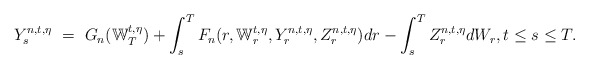
\begin{align*}Y_s^{n,t,\eta} \ = \ G_n(\mathbb W_T^{t,\eta}) + \int_s^T F_n(r,\mathbb W_r^{t,\eta},Y_r^{n,t,\eta},Z_r^{n,t,\eta}) dr - \int_s^T Z_r^{n,t,\eta} dW_r, t \leq s \leq T.\end{align*}